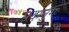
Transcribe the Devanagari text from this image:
पदानुगः